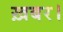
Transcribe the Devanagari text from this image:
ख़बर।